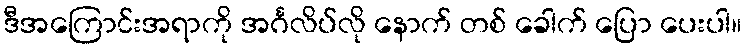
ဒီအကြောင်းအရာကို အင်္ဂလိပ်လို နောက် တစ် ခေါက် ပြော ပေးပါ။